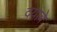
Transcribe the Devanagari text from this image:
दयावे